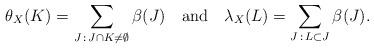
LaTeX: \begin{align*}\theta_X(K) = \sum_{J\, :\, J\cap K \not = \emptyset } \beta(J)\ \ \mbox{ and }\ \ \lambda_X(L) = \sum_{J\, :\, L\subset J} \beta(J).\end{align*}